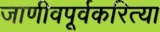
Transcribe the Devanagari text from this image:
जाणीवपूर्वकरित्या